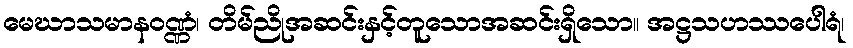
မေဃာသမာနဝဏ္ဏံ၊ တိမ်ညိုအဆင်းနှင့်တူသောအဆင်းရှိသော။ အဋ္ဌသဟဿပေါရံ၊